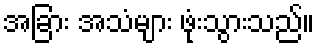
အခြား အသံများ ဖုံးသွားသည်။